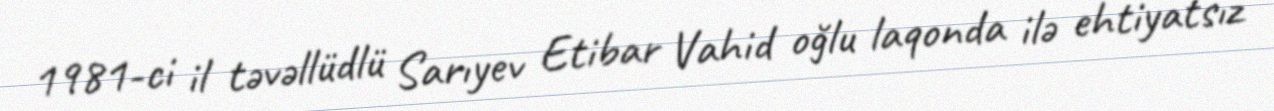
1981-ci il təvəllüdlü Sarıyev Etibar Vahid oğlu laqonda ilə ehtiyatsız